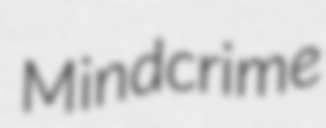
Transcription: Mindcrime